system: You are a helpful assistant.
user:
Analyze the provided spectrum to determine if it is a **Carbon Star (C-type)**.

- **Key Visual Indicators of Carbon Star:**
    - **(Primary):** Strong molecular absorption from **C₂ (diatomic carbon) "Swan Bands."** This is the **defining feature** of a carbon star.
        - **(Key Bandheads):** Sharp absorption edges are visible at approximately $5635$ Å, $5165$ Å (the strongest band), and $4737$ Å.
        - **(Line Profile):** Creates a distinct **"saw-tooth"** pattern. The key morphology is a sharp, steep bandhead on the **red (long-wavelength) side**, which then gradually tapers off (i.e., flux recovers) towards the **blue (short-wavelength) side**. *(This is the direct opposite of the TiO bands seen in M-type stars)*.

    - **(Secondary):** Intense **CN (cyanogen)** molecular absorption bands.
        - **(Key Bandheads):** Located in the blue and violet regions of the spectrum (e.g., near $4215$ Å and $3883$ Å).
        - **(Morphology):** These bands are extremely broad and act as a "blanket," absorbing the vast majority of blue and violet light. This creates a characteristic **"cliff"** or **"steep drop-off"** in the spectrum's flux at short wavelengths.

    - **(Key Confirmation):** Strong **CH absorption band (G-band)**.
        - **(Key Bandhead):** Located around $4300$ Å. The contribution from CH molecules to this band is exceptionally strong.

    - **(Overall Spectrum):**
        - The continuum is severely "chopped up" by these deep molecular bands, especially C₂, rather than appearing as a smooth curve.
        - Due to the heavy CN and C₂ absorption in the blue-green, the vast majority of the star's flux is concentrated in the red part of the spectrum, giving the star its characteristic deep red color.

Think first, call **spectral_visualization_tool** if needed to examine features in detail, then provide your final answer. Your response must adhere to the following strict rules:
1.  **Overall Structure:** Your response must follow the format `<think>...</think> <tool_call>...</tool_call> (if a tool is used) <answer>...</answer>`.
2.  **Tool Usage Constraint:** You may only make **one** tool call per turn.
3.  **Final Answer Format:** In the `<answer>` tag, your conclusion must be inside a `\boxed{}` command (e.g., `\boxed{YES}`), followed by your justification.

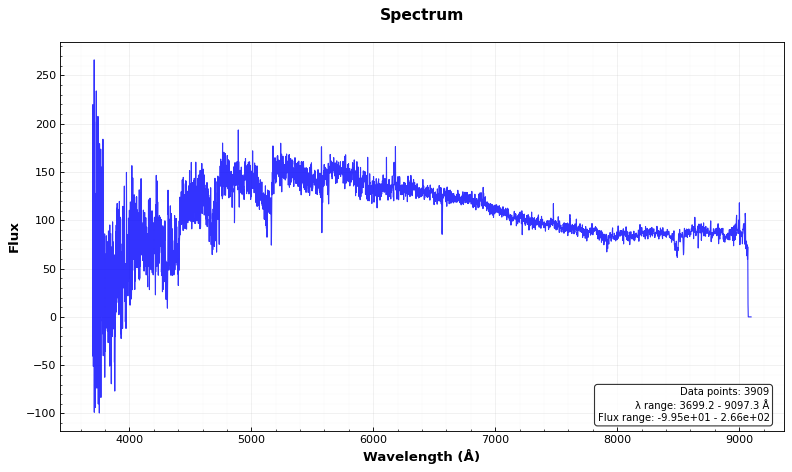
Answer: YES